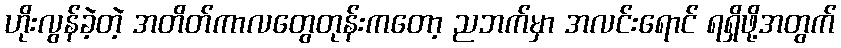
ဟိုးလွန်ခဲ့တဲ့ အတိတ်ကာလတွေတုန်းကတော့ ညဘက်မှာ အလင်းရောင် ရရှိဖို့အတွက်